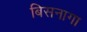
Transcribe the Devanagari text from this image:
बिसनागा